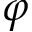
\varphi